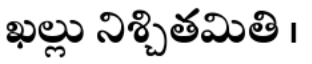
ఖల్లు నిశ్చితమితి ।